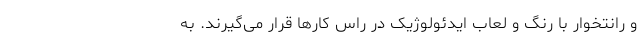
و رانتخوار با رنگ و لعاب ایدئولوژیک در راس کارها قرار می‌گیرند. به